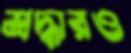
শ্রদ্ধারও